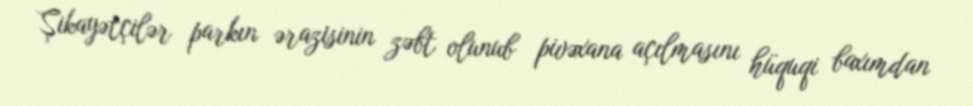
Şikayətçilər parkın ərazisinin zəbt olunub pivəxana açılmasını hüquqi baxımdan